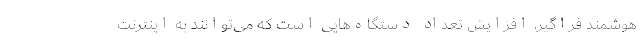
هوشمند فراگیر، افزایش تعداد دستگاه‌هایی است که می‌توانند به اینترنت